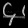
Digit: ၄